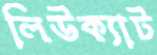
লিউক্যাট